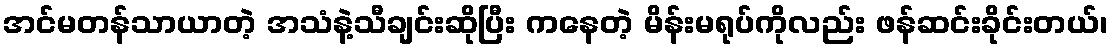
အင်မတန်သာယာတဲ့ အသံနဲ့သီချင်းဆိုပြီး ကနေတဲ့ မိန်းမရုပ်ကိုလည်း ဖန်ဆင်းခိုင်းတယ်၊